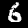
Digit: 6